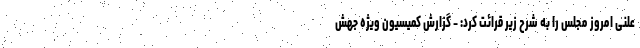
علنی امروز مجلس را به شرح زیر قرائت کرد: - گزارش کمیسیون ویژه جهش